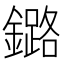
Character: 鏴